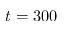
t = 3 0 0